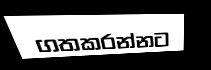
ගතකරන්නට